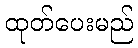
ထုတ်ပေးမည်